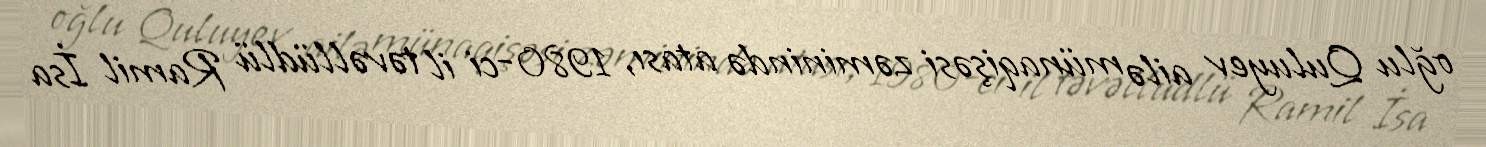
oğlu Quluyev ailə münaqişəsi zəminində atası, 1980-ci il təvəllüdlü Ramil İsa